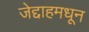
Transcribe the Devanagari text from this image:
जेद्दाहमधून